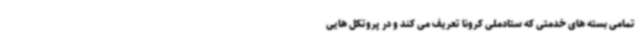
تمامی بسته های خدمتی که ستادملی کرونا تعریف می کند و در پروتکل هایی